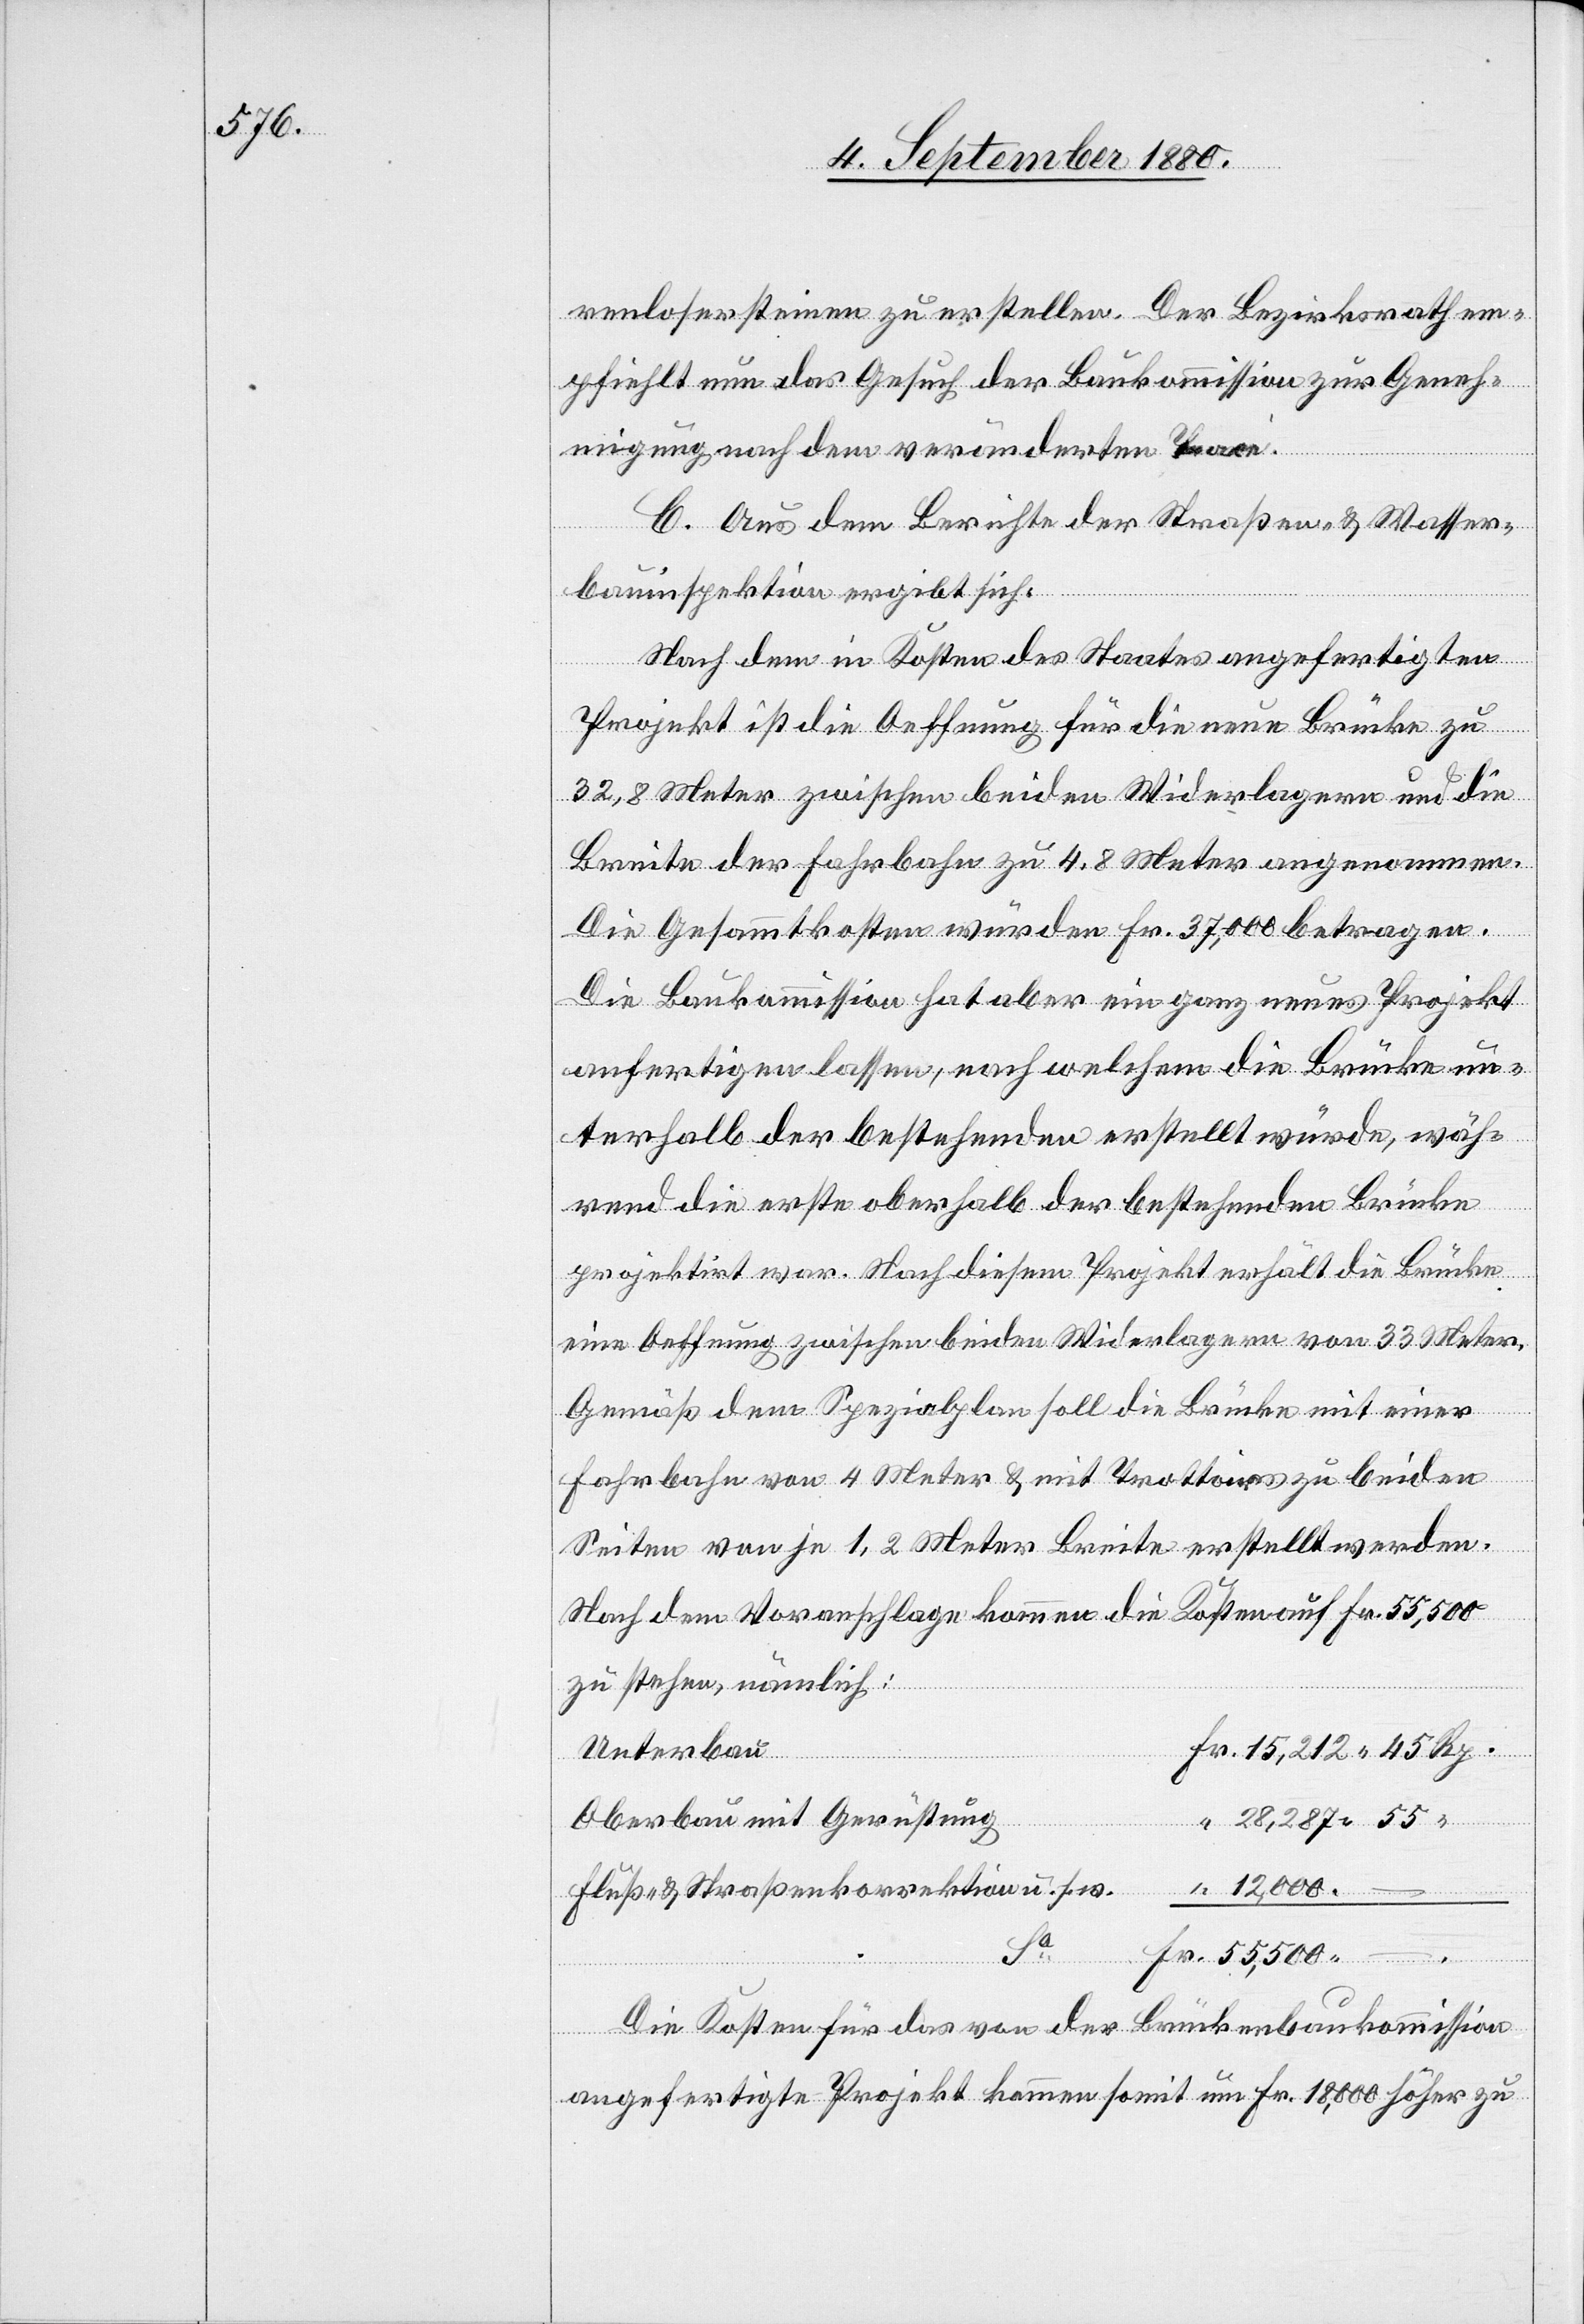
renlosersteinen zu erstellen. Der Bezirksrath em¬
pfiehlt nun das Gesuch der Baukommission zur Geneh¬
migung nach dem veränderten Trace.
C. Aus dem Berichte der Straßen- & Wasser¬
bauinspektion ergibt sich:
Nach dem in Kosten des Staates angefertigten
Projekt ist die Oeffnung für die neue Brücke zu
32,8 Meter zwischen beiden Widerlagern und die
Breite der Fahrbahn zu 4.8 Meter angenommen.
Die Gesammtkosten würden Fr. 37,000 betragen.
Die Baukommission hat aber ein ganz neues Projekt
anfertigen lassen, nach welchem die Brücke un¬
terhalb der bestehenden erstellt wurde, wäh¬
rend die erste oberhalb der bestehenden Brücke
projektirt war. Nach diesem Projekt erhält die Brücke
die Oeffnung zwischen beiden Widerlagern von 33 Meter.
Gemäß dem Spezialplan soll die Brücke mit einer
Fahrbahn von 4 Meter & mit Trottoir zu beiden
Seiten von 1,2 Meter Breite erstellt werden.
Nach dem Voranschlage kommen die Kosten auf Fr. 55,500
zu stehen, nämlich:
Unterbau
28,287 55
Oberbau mit Gerüstung
Fr.
12,000.
Fluß- & Straßenkorrektion u. s. w.
Die Kosten für das von der Brückenbaukommission
angefertigte Projekt kommen somit um Fr. 18,000 höher zu